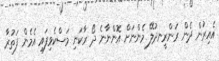
އެއިރުން ދެން ރަންރީނދުލޭ މެންނަށް އޮންނާނެ ދޯ ރާކަނި މަސްކެވިފައި އެމެން ފަތުރާ